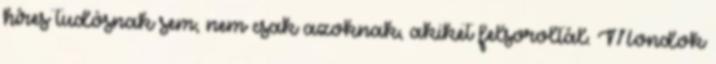
híres tudósnak sem, nem csak azoknak, akiket felsoroltál. Mondok